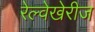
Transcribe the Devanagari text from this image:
रेल्वेखेरीज